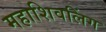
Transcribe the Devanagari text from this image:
महाशिवलिंग